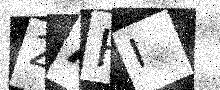
Text: 2AHI